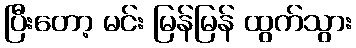
ပြီးတော့ မင်း မြန်မြန် ထွက်သွား